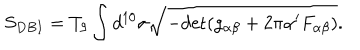
LaTeX: S _ { D B I } = T _ { 9 } \int d ^ { 1 0 } \sigma \sqrt { - \mathrm { d e t } ( g _ { \alpha \beta } + 2 \pi \alpha ^ { \prime } F _ { \alpha \beta } ) } .